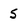
Character: 5